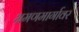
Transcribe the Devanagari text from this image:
भ्रमणमार्गावर